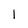
Character: I